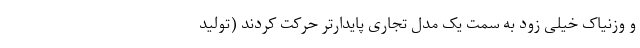
و وزنیاک خیلی زود به سمت یک مدل تجاری پایدارتر حرکت کردند (تولید